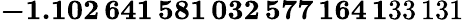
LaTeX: \mathbf{-1.102\, 641\, 581\, 032\, 577\, 164\, 1}33\, 131